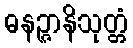
ဓနဉ္ဇာနိသုတ္တံ